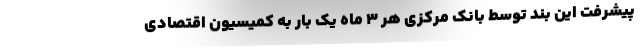
پیشرفت این بند توسط بانک مرکزی هر ۳ ماه یک بار به کمیسیون اقتصادی